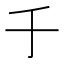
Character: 𠂌